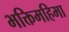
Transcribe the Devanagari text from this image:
भक्तिमहिमा